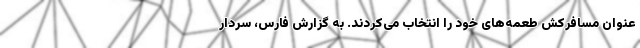
عنوان مسافر‌کش طعمه‌های خود را انتخاب می‌کردند. به گزارش فارس، سردار